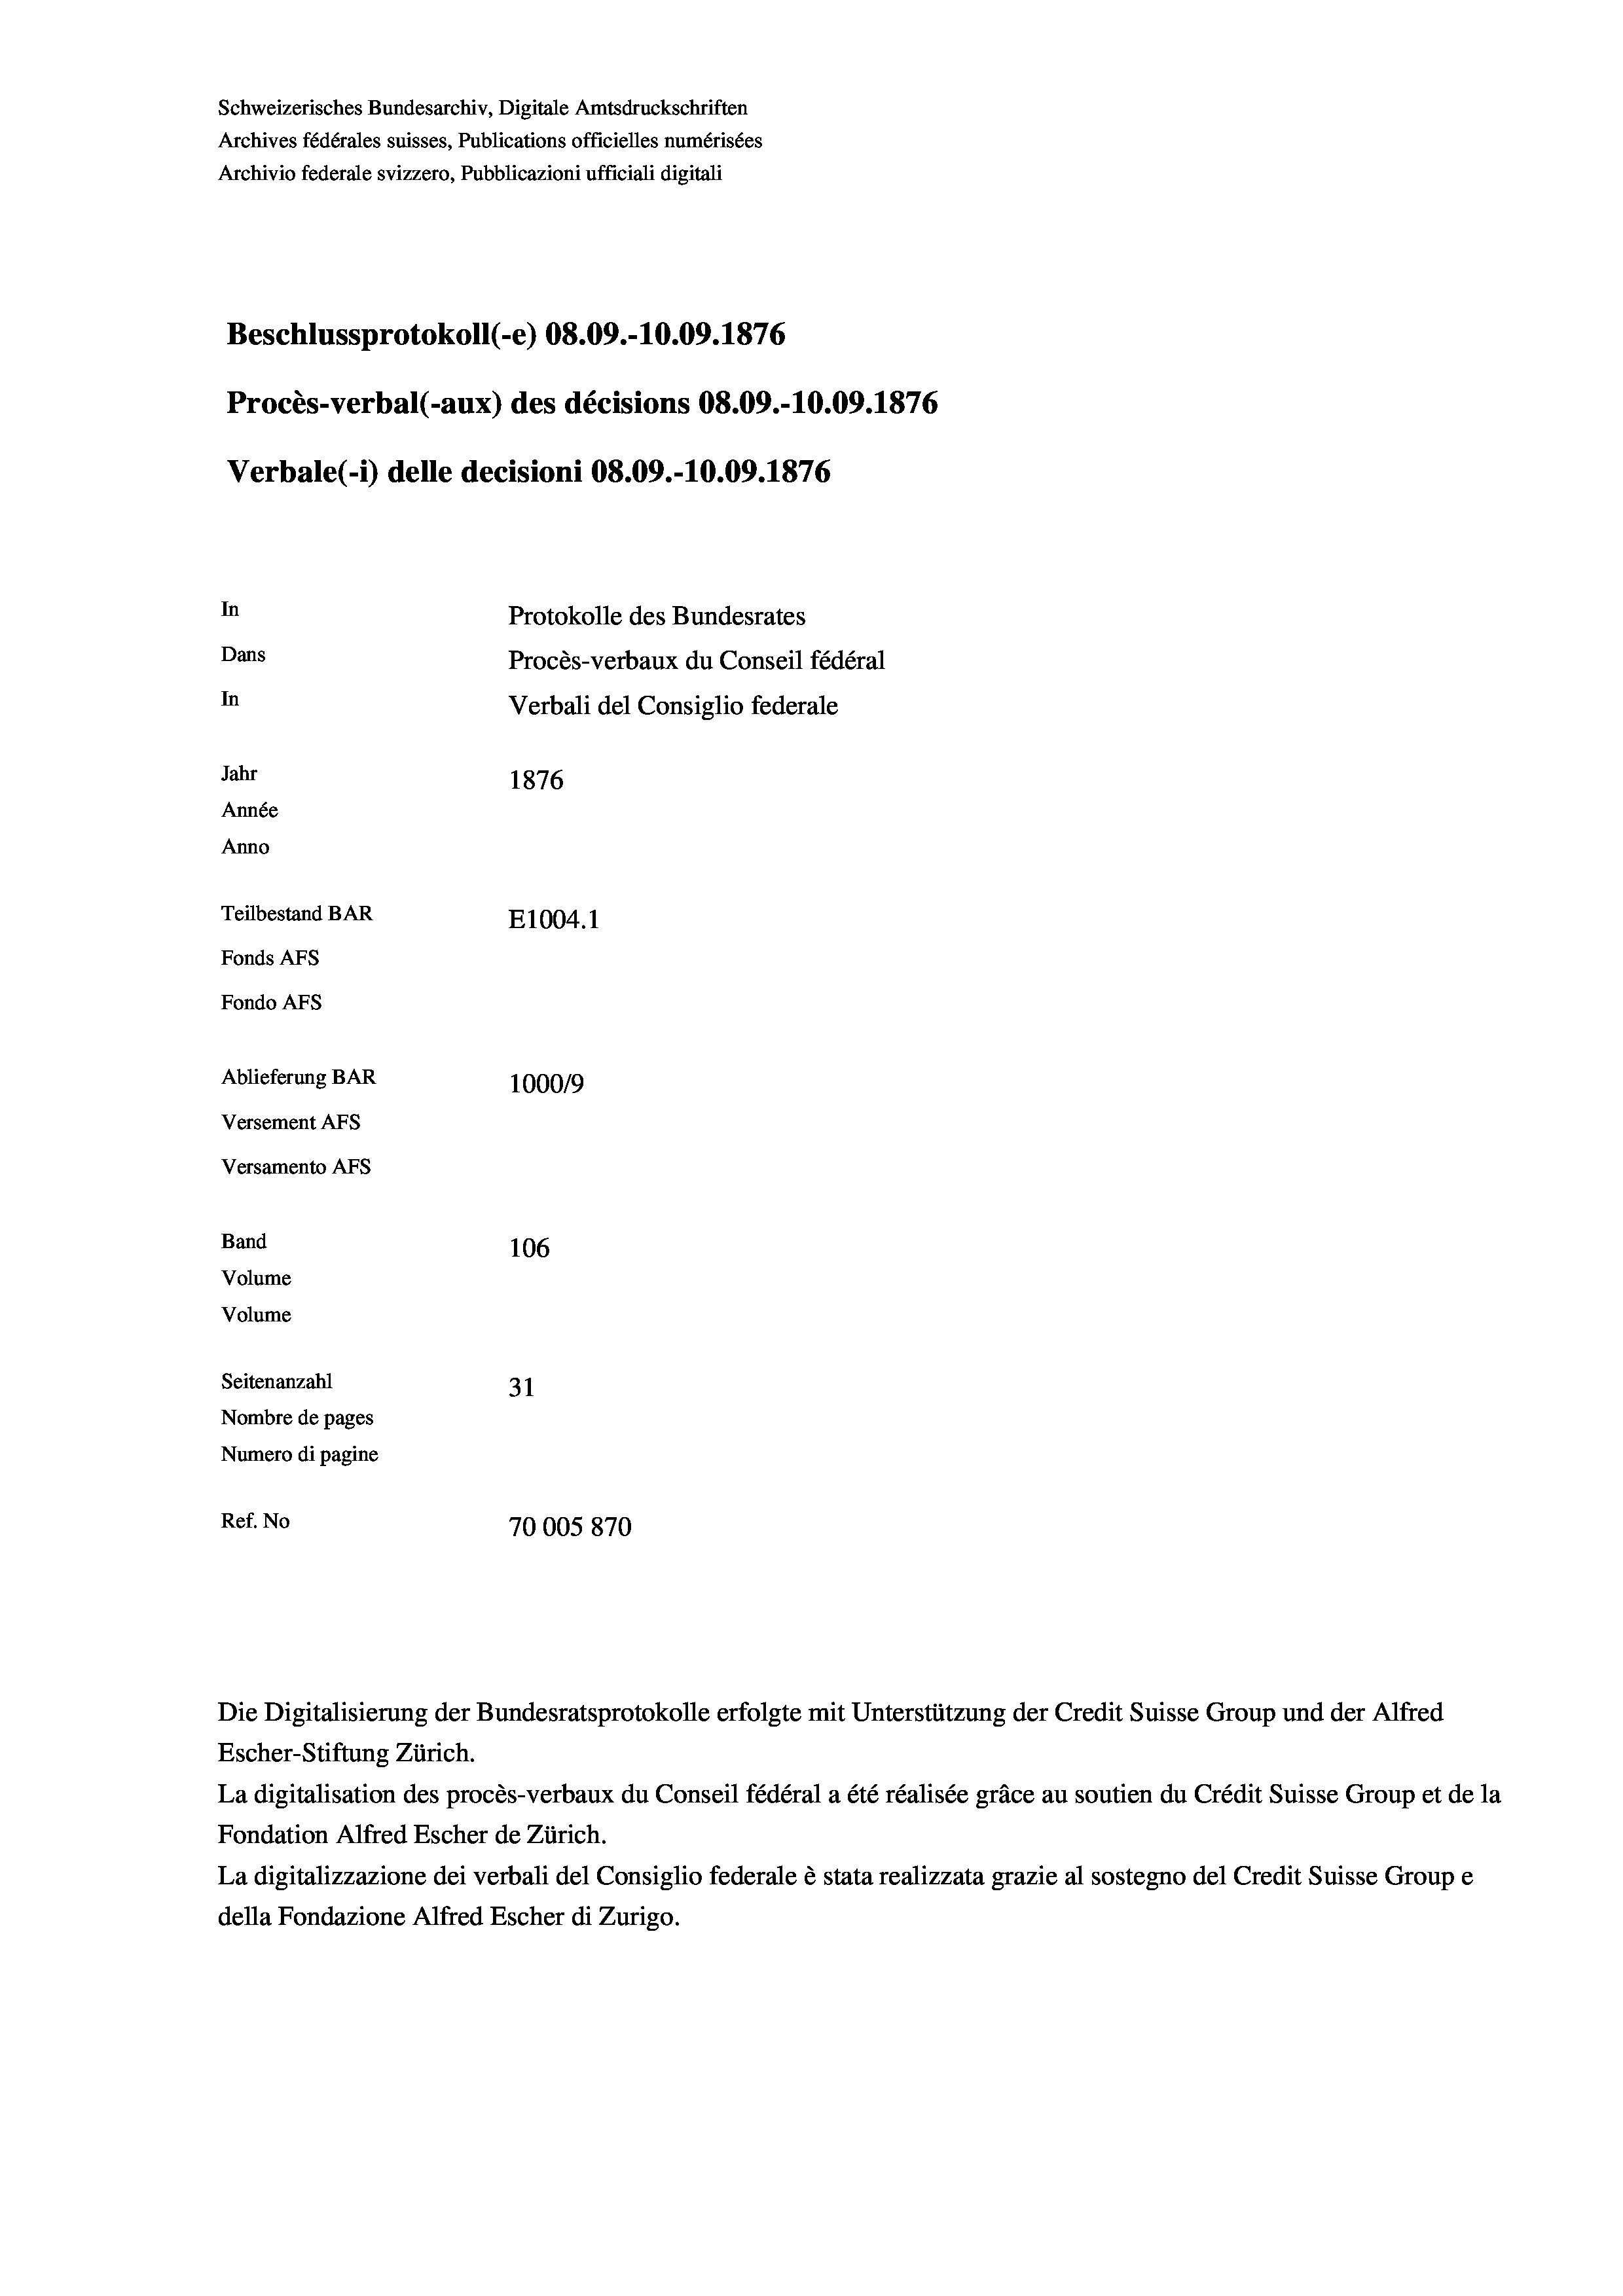
Schweizerisches Bundesarchiv, Digitale Amtsdruckschriften
Archives fédérales suisses, Publications officielles numérisées
Archivio federale svizzero, Pubblicazioni ufficiali digitali
Beschlussprotokoll (-e) 08.09.-10.09. 1876
Procès-verbal (-aux) des décisions 08.09.-10.09. 1876
Verbale (i) delle decisioni 08.09.-10.09. 1876
In
Protokolle des Bundesrates
Dans
Procès-verbaux du Conseil fédéral
In
Verbali del Consiglio federale
Jahr
1876
Année
Anno
Teilbestand BAR
E1004. 1
Fonds AFs
Fondo Afs
Ablieferung BAR
100019
Versement AFs
Versamento Afs

106
Seitenanzahl
31
Nombre de pages
Numero di pagine
Ref. No
70005870

Band
Volume
Volume

Die Digitalisierung der Bundesratsprotokolle erfolgte mit Unterstützung der Credit Suisse Group und der Alfred
Escher-Stiftung Zürich.
La digitalisation des procès-verbaux du Conseil fédéral a été réalisée gräce au soutien du Crédit Suisse Group et de la
Fondation Alfred Escher de Zürich.
La digitalizzazione dei verbali del Consiglio federale è stata realizzata grazie al sostegno del Credit Suisse Groupe
della Fondazione Alfred Escher di Zurigo.